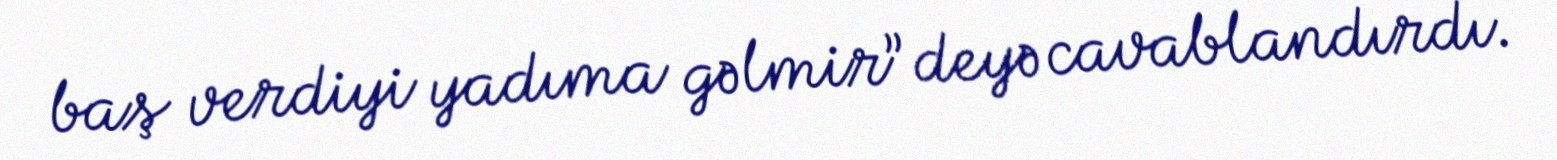
baş verdiyi yadıma gəlmir” deyə cavablandırdı.